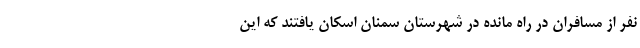
نفر از مسافران در راه مانده در شهرستان سمنان اسکان یافتند که این